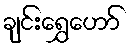
ချင်းရွှေဟော်